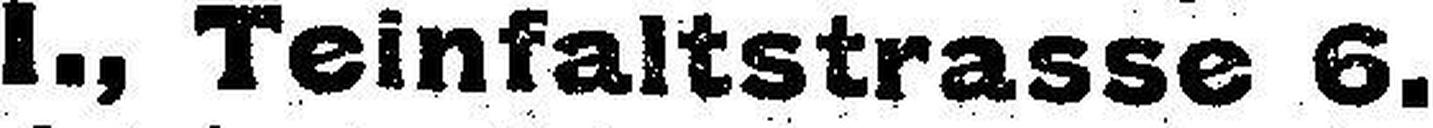
I., Teinfaltstrasse 6.